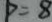
p = 8